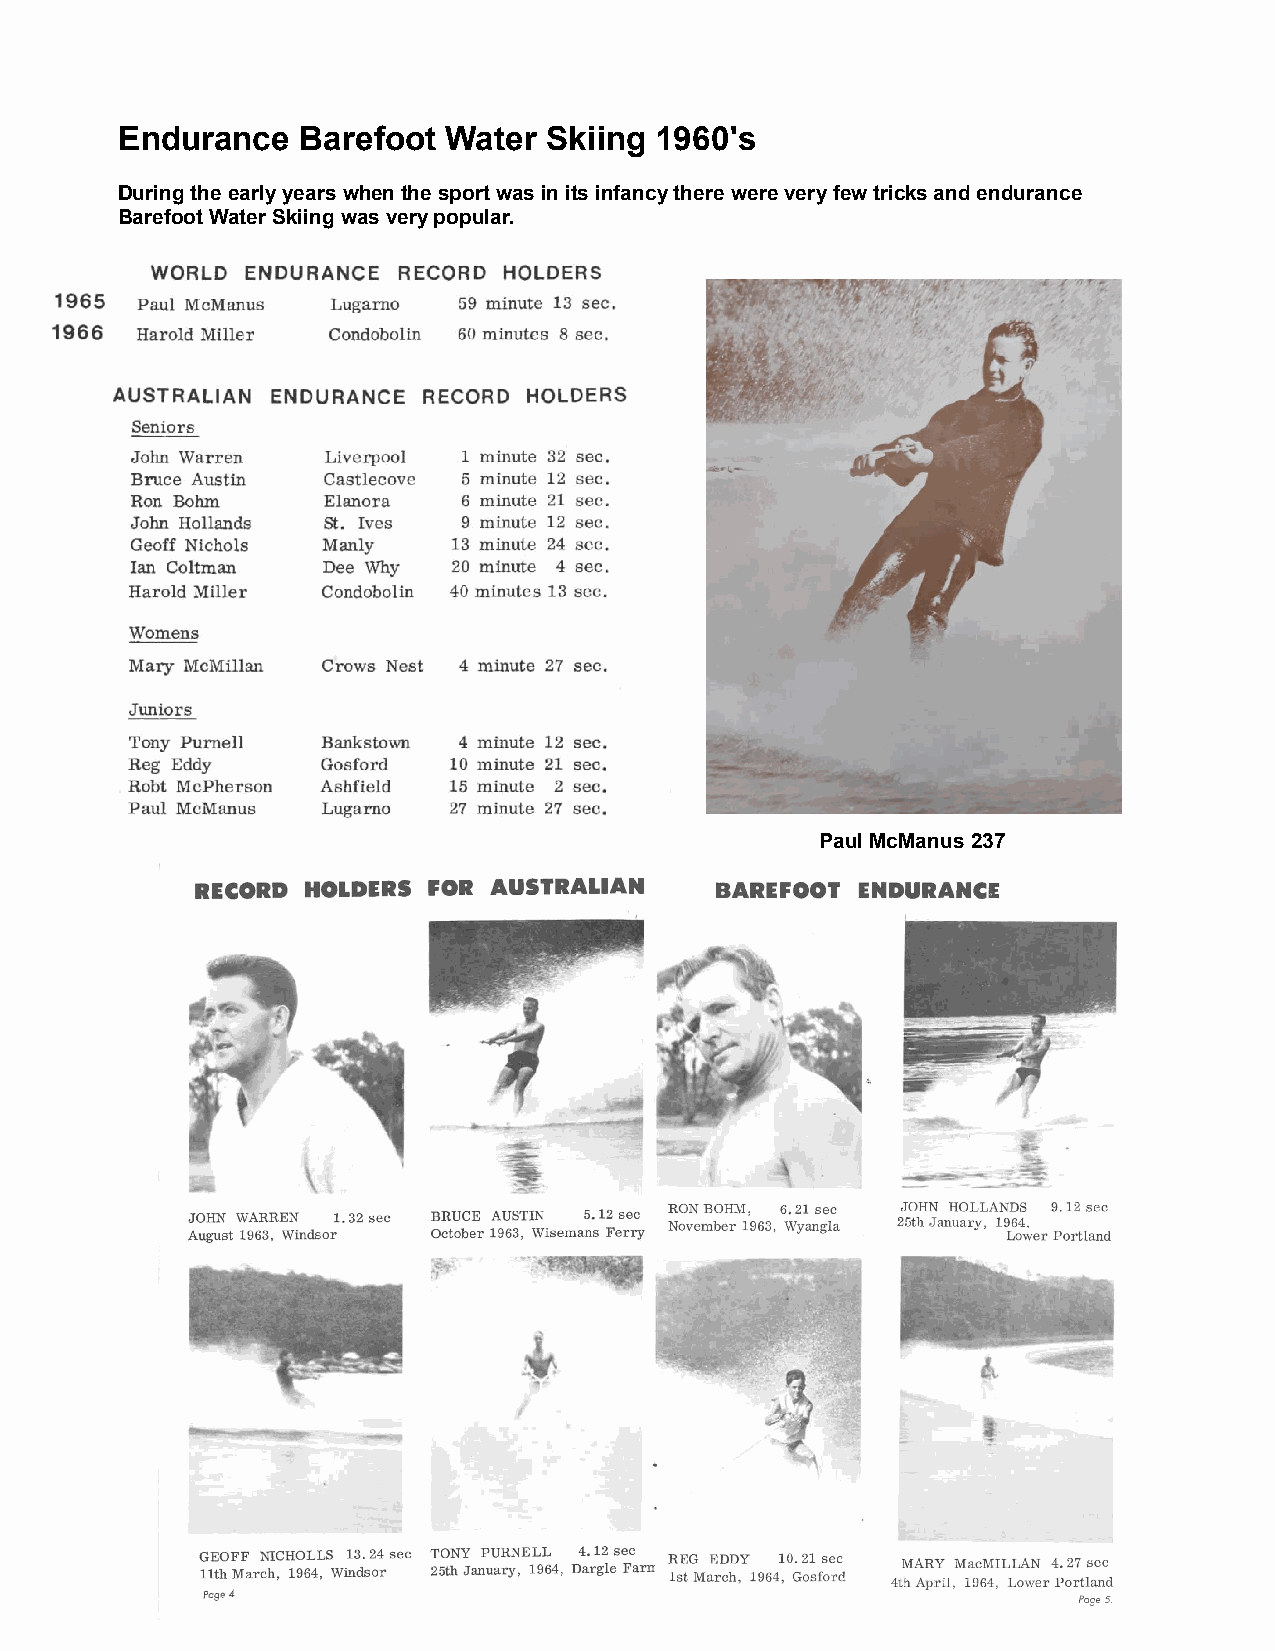
Endurance   Barefoot  Water Skiing 1960's
 During the early years when the sport was in its infancy there were very few tricks and endurance
 Barefoot Water Skiing was very popular.
 Paul McManus 237